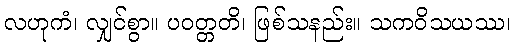
လဟုကံ၊ လျှင်စွာ။ ပဝတ္တတိ၊ ဖြစ်သနည်း။ သကဝိသယဿ၊